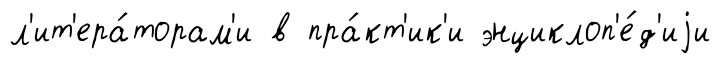
л'ит'ера́торам'и в пра́кт'ик'и энциклоп'е́д'иjи